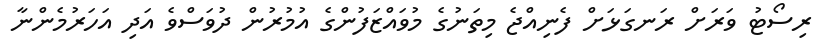
ރިސޯޓު ވަރަށް ރަނގަޅަށް ފެނިއްޖެ މިތަނުގެ މުވައްޒަފުންގެ އުމުރުން ދުވަސްވެ އަދި އަހަރުމެންނާ